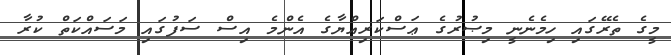
މީގެ ތެރޭގައި ހިމެނެނީ މިޞުރުގެ ޢަސްކަރިއްޔާގެ އެންމެ އިސް ސަފުގައި މަސައްކަތް ކުރާ